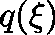
q ( \mathbf { \xi } )